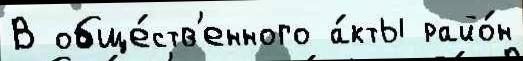
В обще́ств'енного а́кты райо́н